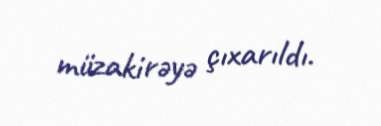
müzakirəyə çıxarıldı.